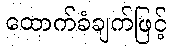
ထောက်ခံချက်ဖြင့်